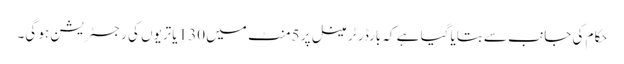
حکام کی جانب سے بتایا گیا ہے کہ بارڈر ٹرمینل پر 5 منٹ میں 130 یاتریوں کی رجسٹریشن ہو گی۔